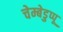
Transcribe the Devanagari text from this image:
चेम्बेडुप्पू